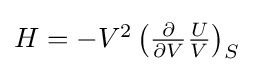
{\textstyle H=-V^{2}\left({\frac {\partial }{\partial V}}{\frac {U}{V}}\right)_{S}}